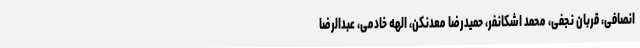
انصافی، قربان نجفی، محمد اشکانفر، حمیدرضا معدنکن، الهه خادمی، عبدالرضا